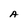
Character: A